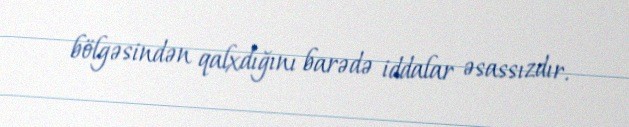
bölgəsindən qalxdığını barədə iddalar əsassızdır.